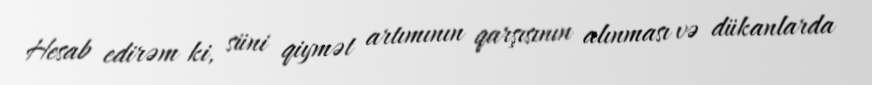
Hesab edirəm ki, süni qiymət artımının qarşısının alınması və dükanlarda